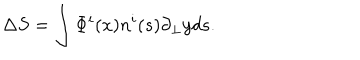
\Delta S = \int \Phi ^ { i } ( x ) n ^ { i } ( s ) \partial _ { \bot } y d s .